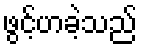
ဖွင့်ဟခဲ့သည်